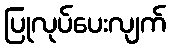
ပြုလုပ်ပေးလျက်